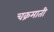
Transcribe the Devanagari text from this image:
चक्रमाती